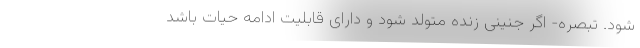
شود. تبصره- اگر جنینی زنده متولد شود و دارای قابلیت ادامه حیات باشد